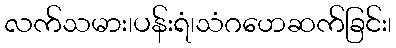
လက်သမား၊ပန်းရံ၊သံဂဟေဆက်ခြင်း၊